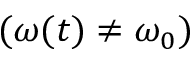
( \omega ( t ) \neq \omega _ { 0 } )